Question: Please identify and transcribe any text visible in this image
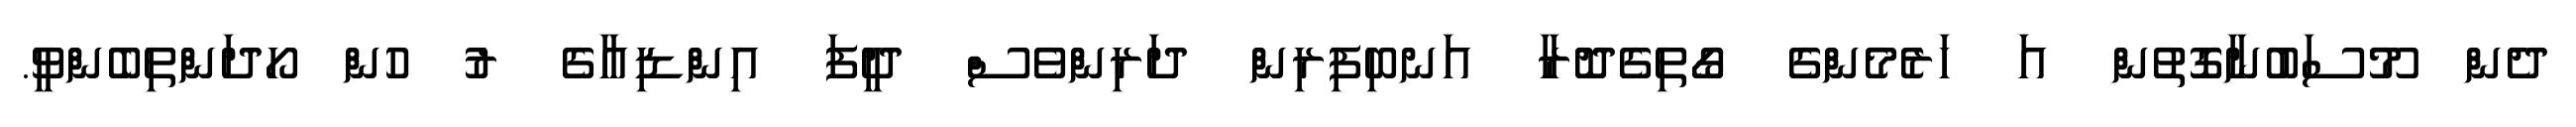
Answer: ދެން މޫސަބުނާގޮތުން އަ ހަރެމެންގެ ގޯތިގެދޮރާ އަނބިފިރިން ދަރިންވެސް ދީފަ އިންޑިއާގެ ރު ހުން ހޯދަންތިބެންވީ.